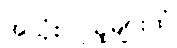
အသုံးပြုသူများထံ